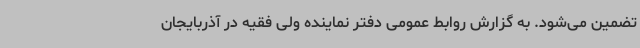
تضمین می‌شود. به گزارش روابط عمومی دفتر نماینده ولی فقیه در آذربایجان